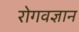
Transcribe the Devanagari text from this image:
रोगवज्ञान